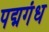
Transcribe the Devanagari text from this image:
पद्मगंध